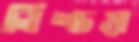
নিশ্চয়